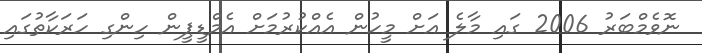
ނޮވެމްބަރު 2006 ގައި މާލެ އަށް މީހުން އެއްކުރުމަށް އެމްޑީޕީން ހިންގި ހަރަކާތުގައި